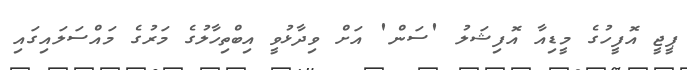
ޕީޖީ އޮފީހުގެ މީޑިއާ އޮފިޝަލު 'ސަން' އަށް ވިދާޅުވީ އިބްތިހާލުގެ މަރުގެ މައްސަލައިގައި